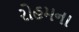
રોહમના